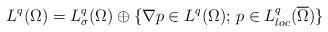
LaTeX: \begin{align*}L^q(\Omega)=L^q_\sigma(\Omega)\oplus\{\nabla p\in L^q(\Omega);\, p\in L^q_{loc}(\overline{\Omega})\}\end{align*}